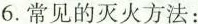
6.常见的灭火方法：